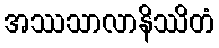
အဿသာလာနိဿိတံ